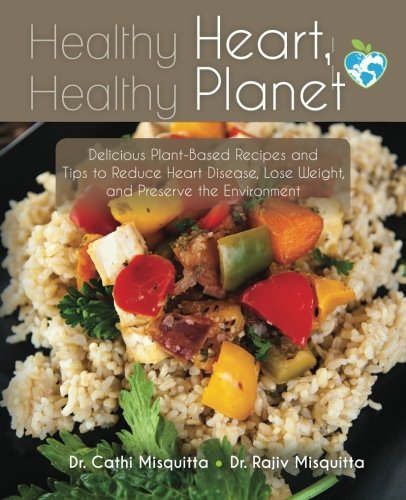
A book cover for Healthy Heart, Healthy Planet: Delicious Plant-Based Recipes and Tips to Reduce Heart Disease, Lose Weight, and Preserve the Environment; Dr. Cathi Misquitta; Cookbooks, Food & Wine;